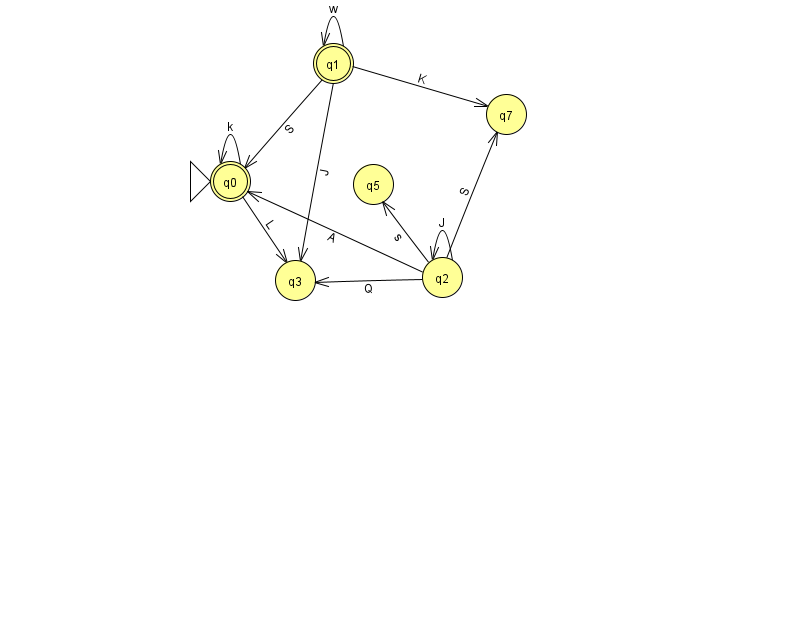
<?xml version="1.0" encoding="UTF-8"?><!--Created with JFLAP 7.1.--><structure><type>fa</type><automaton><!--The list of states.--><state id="0" name="q0"><x>230.0</x><y>168.0</y><initial/><final/></state><state id="1" name="q1"><x>333.0</x><y>50.0</y><final/></state><state id="2" name="q2"><x>442.0</x><y>264.0</y></state><state id="3" name="q3"><x>295.0</x><y>267.0</y></state><state id="5" name="q5"><x>373.0</x><y>171.0</y></state><state id="7" name="q7"><x>506.0</x><y>101.0</y></state><!--The list of transitions.--><transition><from>1</from><to>7</to><read>K</read></transition><transition><from>2</from><to>3</to><read>Q</read></transition><transition><from>1</from><to>0</to><read>S</read></transition><transition><from>2</from><to>7</to><read>S</read></transition><transition><from>0</from><to>3</to><read>L</read></transition><transition><from>1</from><to>1</to><read>w</read></transition><transition><from>1</from><to>3</to><read>J</read></transition><transition><from>2</from><to>2</to><read>J</read></transition><transition><from>0</from><to>0</to><read>k</read></transition><transition><from>2</from><to>0</to><read>A</read></transition><transition><from>2</from><to>5</to><read>s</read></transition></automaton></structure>